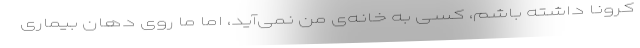
کرونا داشته باشم، کسی به خانه‌ی من نمی‌آید، اما ما روی دهان بیماری